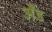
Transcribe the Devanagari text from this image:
अँड